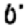
Digit: 0